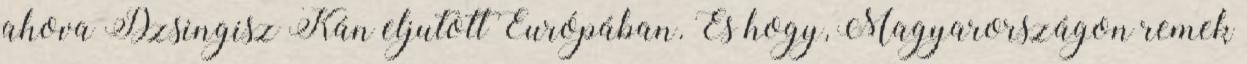
ahova Dzsingisz Kán eljutott Európában. És hogy, Magyarországon remek